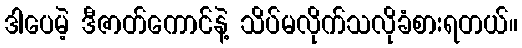
ဒါပေမဲ့ ဒီဇာတ်ကောင်နဲ့ သိပ်မလိုက်သလိုခံစားရတယ်။